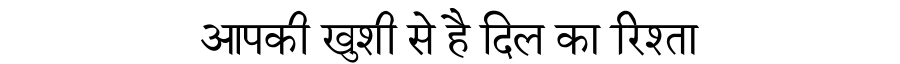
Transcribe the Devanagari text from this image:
आपकी खुशी से है दिल का रिश्ता